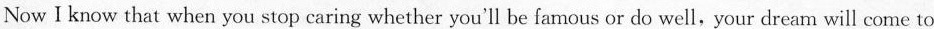
Now I know that when you stop caring whether you'll be famous or do well,your dream will come to